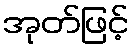
အုတ်ဖြင့်